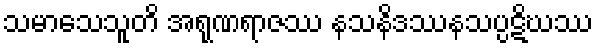
သမာသေသူတိ အရုဏရာဇဿ နသနိဒဿနသပ္ပဋိဃဿ